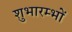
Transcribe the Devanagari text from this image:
शुभारम्भों